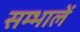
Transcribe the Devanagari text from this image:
सम्भालें